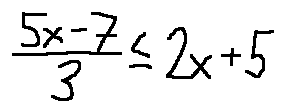
\frac { 5 x - 7 } { 3 } \leq 2 x + 5